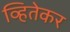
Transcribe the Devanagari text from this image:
व्हितेकर